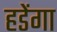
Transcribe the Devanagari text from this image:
हडेंगा